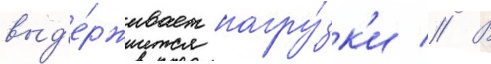
выд'е́рживает нагру́зк'и // В